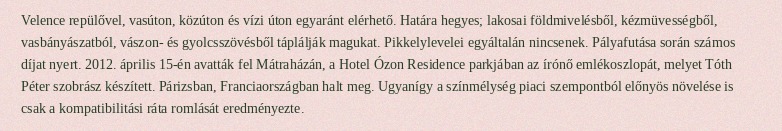
Velence repülővel, vasúton, közúton és vízi úton egyaránt elérhető. Határa hegyes; lakosai földmivelésből, kézmüvességből, vasbányászatból, vászon- és gyolcsszövésből táplálják magukat. Pikkelylevelei egyáltalán nincsenek. Pályafutása során számos díjat nyert. 2012. április 15-én avatták fel Mátraházán, a Hotel Ózon Residence parkjában az írónő emlékoszlopát, melyet Tóth Péter szobrász készített. Párizsban, Franciaországban halt meg. Ugyanígy a színmélység piaci szempontból előnyös növelése is csak a kompatibilitási ráta romlását eredményezte.